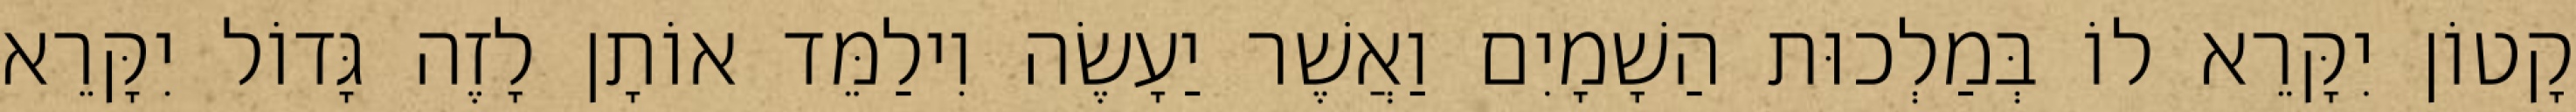
קָטוֹן יִקָּרֵא לוֹ בְּמַלְכוּת הַשָׁמָיִם וַאֲשֶׁר יַעָשֶׂה וִילַמֵּד אוֹתָן לָזֶה גָּדוֹל יִקָּרֵא